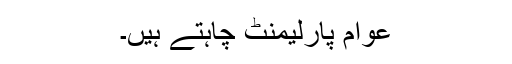
عوام پارلیمنٹ چاہتے ہیں۔